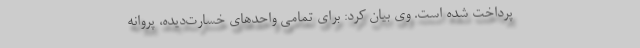
پرداخت شده است. وی بیان کرد: برای تمامی واحدهای خسارت‌دیده، پروانه